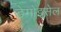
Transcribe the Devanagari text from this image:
डेमोइसेल